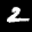
Label: 2